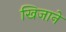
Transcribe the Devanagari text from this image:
खिजाने